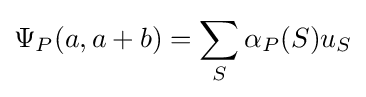
\Psi _{P}(a,a+b)=\sum _{S}\alpha _{P}(S)u_{S}